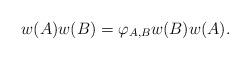
LaTeX: \begin{align*} w(A)w(B)=\varphi_{A,B} w(B)w(A). \end{align*}